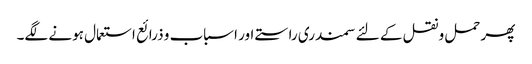
پھر حمل و نقل کے لئے سمندری راستے اور اسباب و ذرائع استعمال ہونے لگے۔